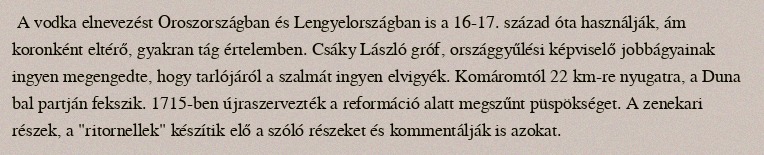
A vodka elnevezést Oroszországban és Lengyelországban is a 16-17. század óta használják, ám koronként eltérő, gyakran tág értelemben. Csáky László gróf, országgyűlési képviselő jobbágyainak ingyen megengedte, hogy tarlójáról a szalmát ingyen elvigyék. Komáromtól 22 km-re nyugatra, a Duna bal partján fekszik. 1715-ben újraszervezték a reformáció alatt megszűnt püspökséget. A zenekari részek, a "ritornellek" készítik elő a szóló részeket és kommentálják is azokat.